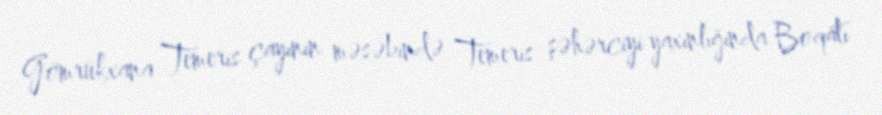
Gömrükxana Temeris çayının məsəbində Temeris şəhərciyi yaxınlığında Boqatı